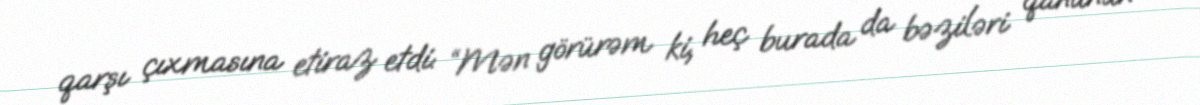
qarşı çıxmasına etiraz etdi: “Mən görürəm ki, heç burada da bəziləri qanunun